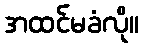
အထင်မခံလို။